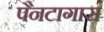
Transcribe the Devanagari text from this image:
पैनटागास